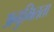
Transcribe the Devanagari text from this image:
अनुमितता